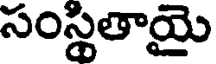
సంస్థితాయై